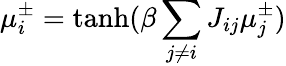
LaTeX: \mu_{i}^{\pm}=\operatorname{tanh}(\beta\sum_{j\neq i}J_{ij}\mu_{j}^{\pm})